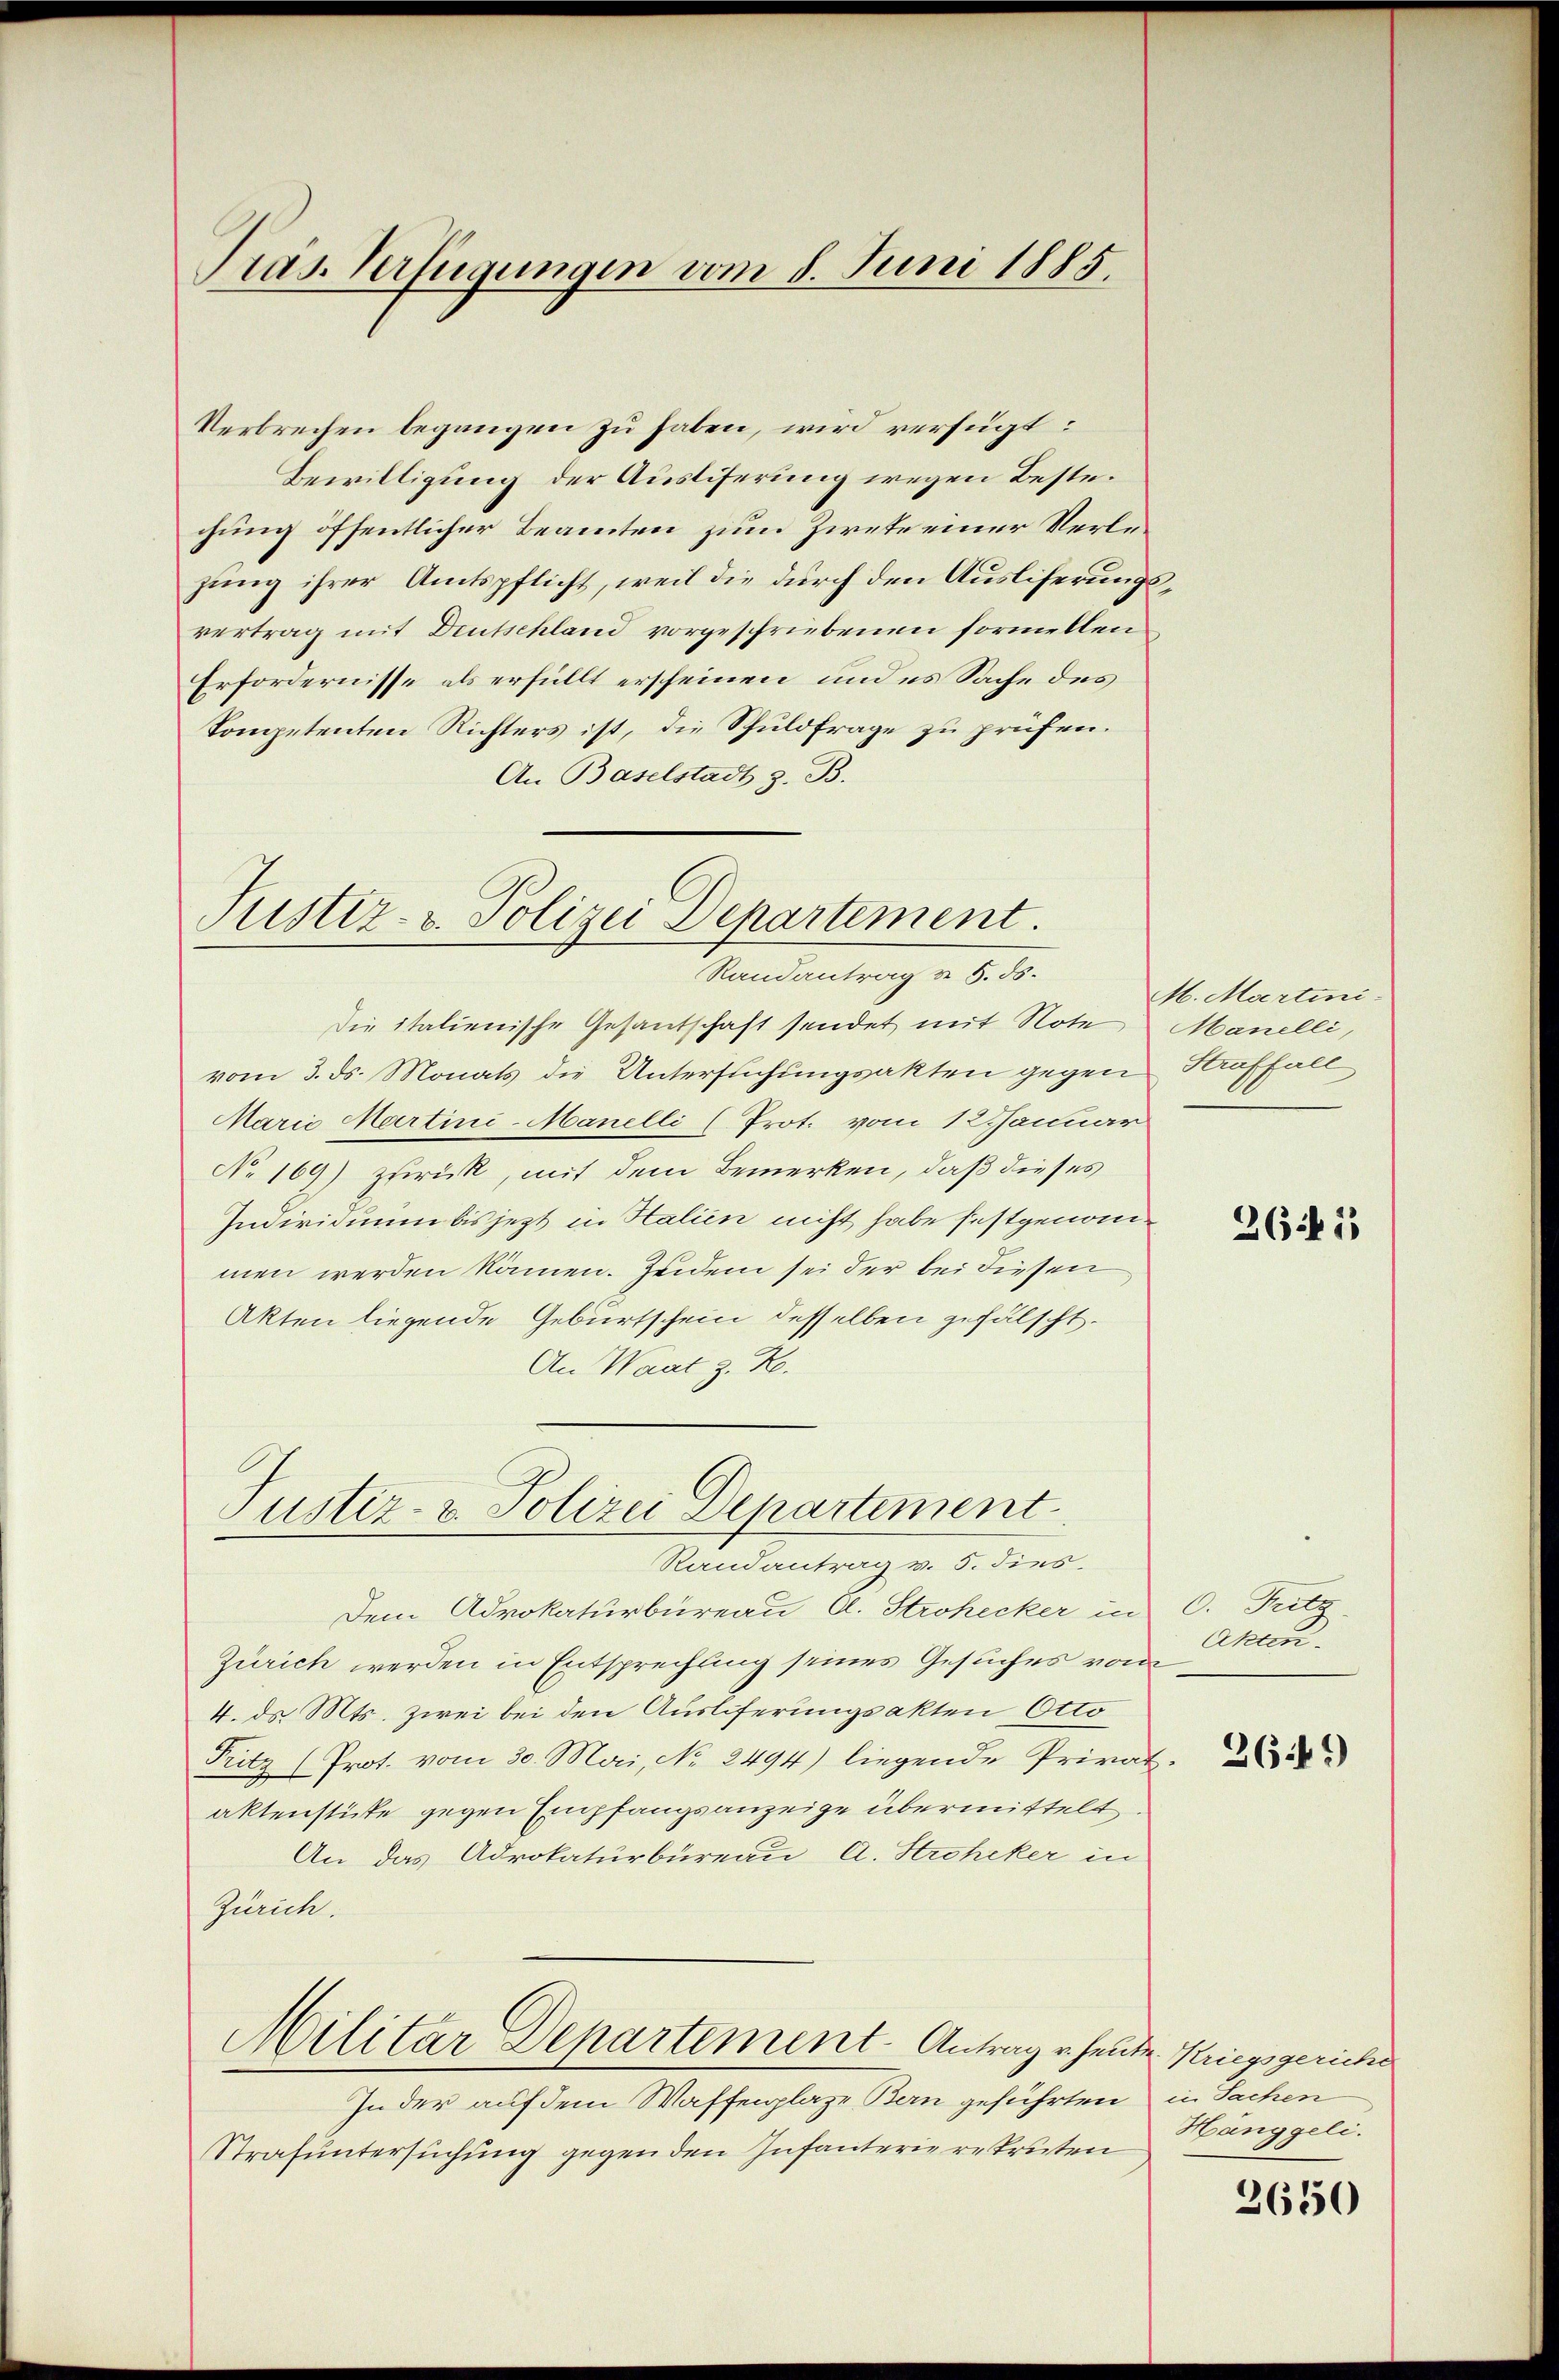
Präs. Verfügungen vom 8. Juni 1885.

Verbrechen begangen zu haben, wird verfügt:
Bewilligung der Ausliferung wegen Bestechung öffentlicher Beamten zum Ziete einer Verlezung ihrer Amtspflicht, weil die durch den Ausliferungsvertrag mit Deutschland vorgeschriebenen formellen
Erfordernisse als erfüllt erscheinen und es Sache des
Competenten Richters ist, die Schuldfrage zu prüfen.
An Baselstadt z. B.

Justiz- u. Polizei Departement.
Randantrag v. 5. ds.

Die italienische Gesantschaft sendet mit Note
vom 3. ds. Monats die Untersuchungsakten gegen Straffall
Marie Martini-Manelli (Prot. vom 12 Januar
No 169) zurück, mit dem Bemerken, daß dieses
Individuum bis jetzt in Halien nicht habe festgenommen werden kämen. Zeidem sei der bei diesen
Akten liegende Geburtschein desselben gefälscht.
An Waat z. R.

Justiz- u. Polizei Departement

Randantrag v. 5. dies.
Dem Advokaturbüreau A. Strohecker in C. Fritz
Zürich werden in Entsprechung seines Gesuches vom
4. ds Mts. zwei bei den Auslieferungsakten Otto
Pritz (Prot. vom 30. Mai, No 2494) liegende Privataktenstüke gegen Empfangsanzeige übermittelt
An das Advokaturbureau, A. Stroheker in
Zürich.
Militar Departement-Antrag u. heute Kriegsgeriche
In der auf dem Waffenplaze Bern geführten in Sachen
Strafuntersuchung gegen den Infanterierekruten

M. Martini-
Manelli,

2641

Akten.

261)

Hänggeli.

2650